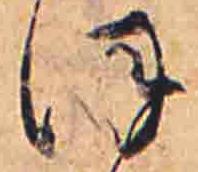
ほ